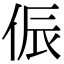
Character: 侲